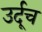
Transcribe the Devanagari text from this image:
उर्दूच